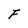
Character: F